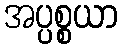
အပ္ပစ္စယာ